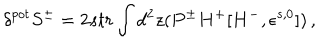
\delta ^ { p o t } S ^ { \pm } = 2 s t r \int d ^ { 2 } z ( P ^ { \pm } H ^ { + } [ H ^ { - } , \epsilon ^ { s , 0 } ] ) \, ,